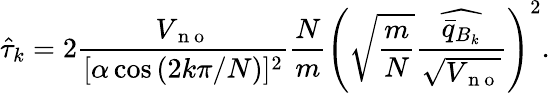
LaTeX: \hat{\tau}_{k}=2\frac{V_{\mathrm{~n~o~}}}{[\alpha\cos\left(2k\pi/N\right)]^{2}}\frac{N}{m}\left(\sqrt{\frac{m}{N}}\frac{\widehat{\bar{q}_{B_{k}}}}{\sqrt{V_{\mathrm{~n~o~}}}}\right)^{2}.